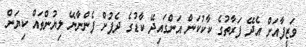
ވަޒީފާއަށް އެދޭ ފަރާތުގެ ކާކުކަން އަންގައިދޭ ކާޑުގެ ދެފުށް ފެންނާނޭ ލިޔުންތައް ކިޔަން